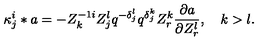
{ \kappa } _ { j } ^ { i } \ast a = - Z _ { k } ^ { - 1 i } Z _ { j } ^ { l } q ^ { - { \delta } _ { j } ^ { l } } q ^ { { \delta } _ { j } ^ { k } } Z _ { r } ^ { k } { \frac { \partial a } { \partial { Z _ { r } ^ { l } } } } , \quad k > l .